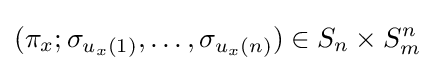
(\pi _{x};\sigma _{u_{x}(1)},\ldots ,\sigma _{u_{x}(n)})\in S_{n}\times S_{m}^{n}